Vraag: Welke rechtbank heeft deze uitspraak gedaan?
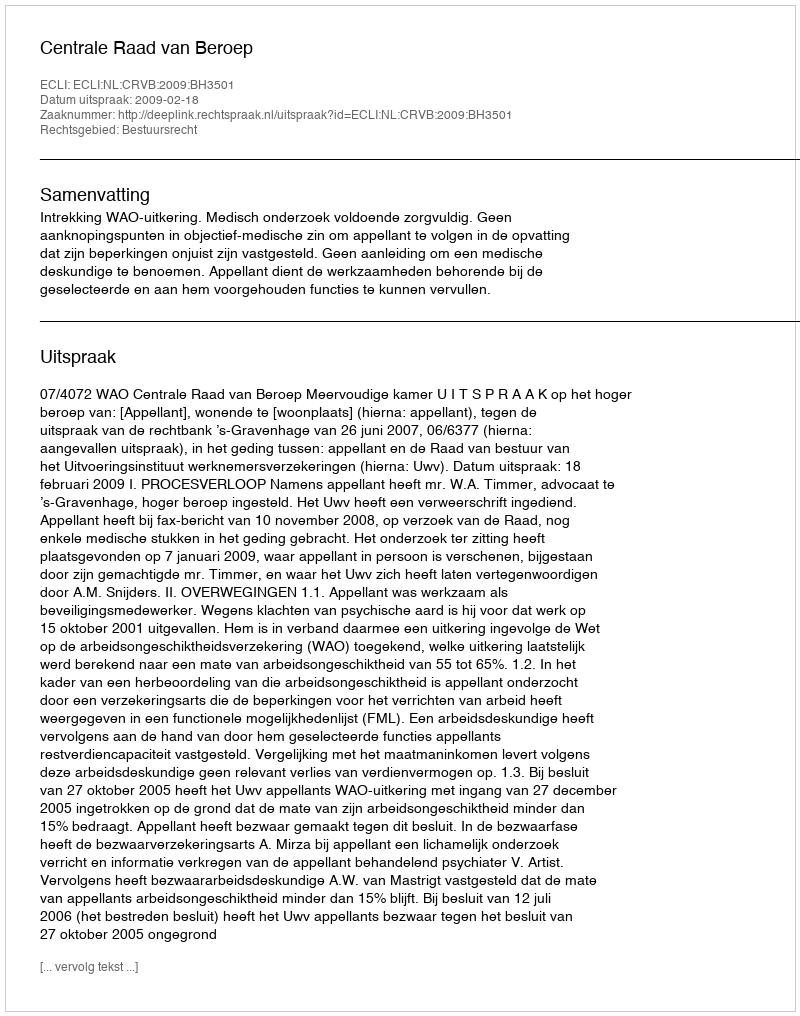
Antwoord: Centrale Raad van Beroep